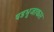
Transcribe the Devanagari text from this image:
षडभुजाकार